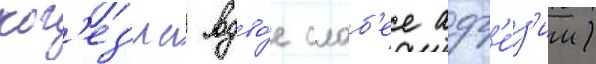
ког'ез'иа вдво́е слаб'ее адг'е́з'ии)